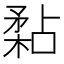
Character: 𥎁